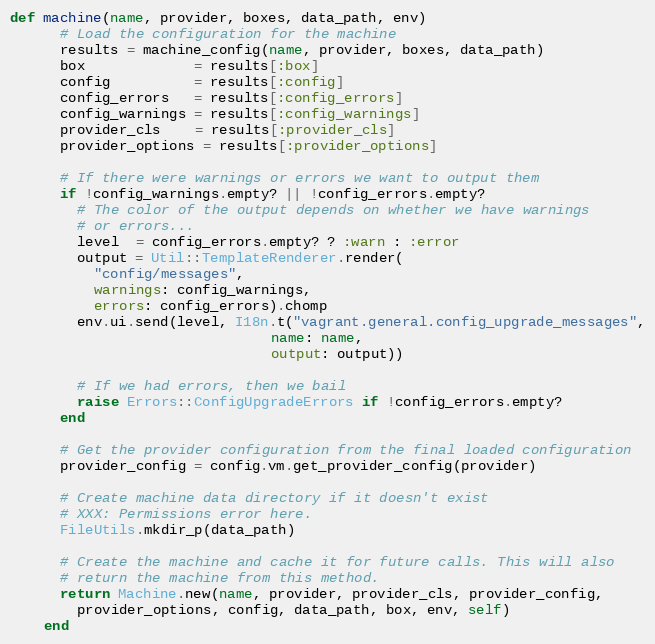
Language: Ruby
def machine(name, provider, boxes, data_path, env)
      # Load the configuration for the machine
      results = machine_config(name, provider, boxes, data_path)
      box             = results[:box]
      config          = results[:config]
      config_errors   = results[:config_errors]
      config_warnings = results[:config_warnings]
      provider_cls    = results[:provider_cls]
      provider_options = results[:provider_options]

      # If there were warnings or errors we want to output them
      if !config_warnings.empty? || !config_errors.empty?
        # The color of the output depends on whether we have warnings
        # or errors...
        level  = config_errors.empty? ? :warn : :error
        output = Util::TemplateRenderer.render(
          "config/messages",
          warnings: config_warnings,
          errors: config_errors).chomp
        env.ui.send(level, I18n.t("vagrant.general.config_upgrade_messages",
                               name: name,
                               output: output))

        # If we had errors, then we bail
        raise Errors::ConfigUpgradeErrors if !config_errors.empty?
      end

      # Get the provider configuration from the final loaded configuration
      provider_config = config.vm.get_provider_config(provider)

      # Create machine data directory if it doesn't exist
      # XXX: Permissions error here.
      FileUtils.mkdir_p(data_path)

      # Create the machine and cache it for future calls. This will also
      # return the machine from this method.
      return Machine.new(name, provider, provider_cls, provider_config,
        provider_options, config, data_path, box, env, self)
    end